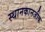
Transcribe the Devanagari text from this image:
स्थानकानजीक